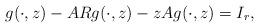
LaTeX: \begin{align*} &g(\cdot, z)-ARg(\cdot, z)-zAg(\cdot, z)=I_r,\end{align*}